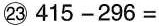
㉓$$ 415-296= $$